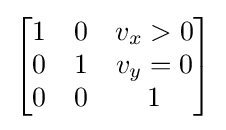
{\begin{bmatrix}1&0&v_{x}>0\\0&1&v_{y}=0\\0&0&1\end{bmatrix}}